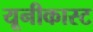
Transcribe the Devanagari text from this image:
यूनीकास्ट